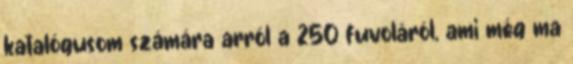
katalógusom számára arról a 250 fuvoláról, ami még ma